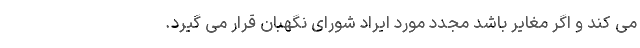
می کند و اگر مغایر باشد مجدد مورد ایراد شورای نگهبان قرار می گیرد.